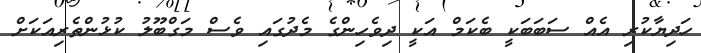
ހަދިޔާކުރި އެއް ސަބަބަކީ ބެކަމް އަކީ ދިވެހިންގެ މެދުގައި ވެސް މަގްބޫލު ކުޅުންތެރިއަކަށް